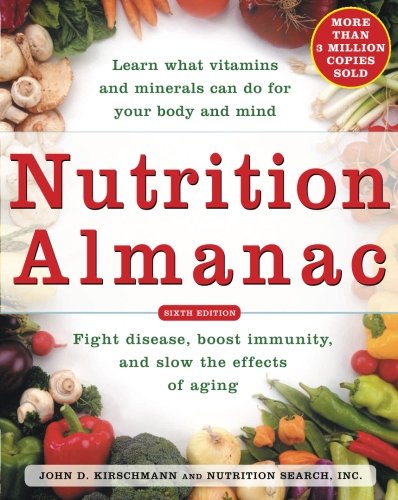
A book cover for Nutrition Almanac; John Kirschmann; Reference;